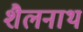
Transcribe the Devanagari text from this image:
शैलनाथ